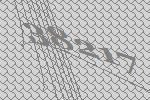
38217